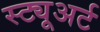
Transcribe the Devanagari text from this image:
स्ट्यूअर्ट